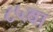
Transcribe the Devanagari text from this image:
८५वा